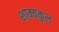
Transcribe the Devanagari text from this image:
शाक्यकुल